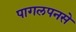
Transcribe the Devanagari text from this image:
पागलपनसे